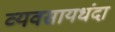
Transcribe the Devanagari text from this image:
व्यवसायधंदा